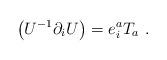
LaTeX: \begin{align*}\left( U^{-1} \partial_i U \right) = e_i^a T_a \ .\end{align*}